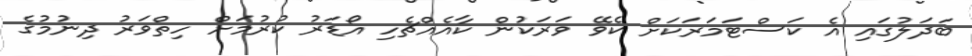
ބަދަލުގައި އެ ކަސްޓަމަރަކަށް ކެވޭ ވަރަކުން ކާއެއްޗެހި އޯޑަރު ކުރުމަށް ހިތްވަރު ދިނުމުގެ